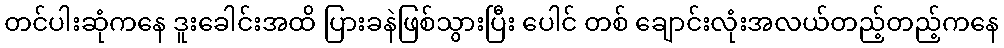
တင်ပါးဆုံကနေ ဒူးခေါင်းအထိ ပြားခနဲဖြစ်သွားပြီး ပေါင် တစ် ချောင်းလုံးအလယ်တည့်တည့်ကနေ